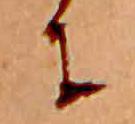
に